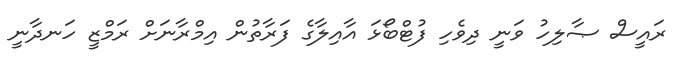
ރައީސް ޞާލިހު ވަނީ ދިވެހި ފުޓްބޯޅަ އާއިލާގެ ފަރާތުން އިމްރާނަށް ރަމްޒީ ހަނދާނީ